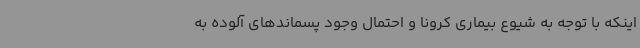
اینکه با توجه به شیوع بیماری کرونا و احتمال وجود پسماندهای آلوده به